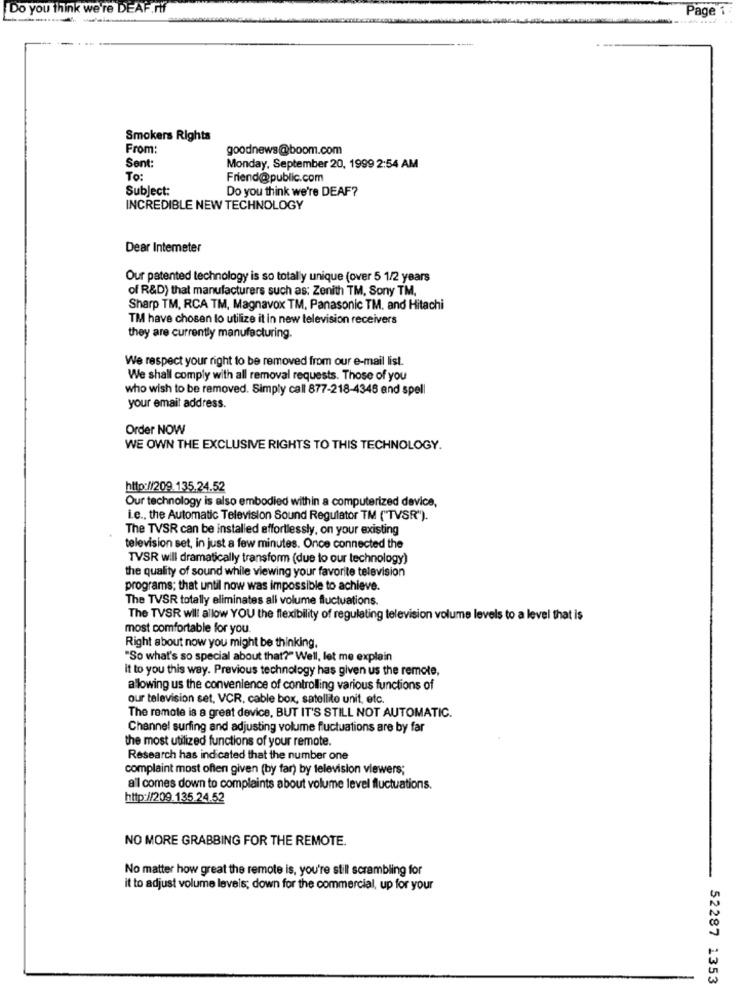
Do you think we're DEAF.rif
Page
Smokers Rights
From:
goodnews@boom.com
Sent:
Monday, September 20, 1999 2:54 AM
To:
Friend@public.com
Subject:
Do you think we're DEAF?
INCREDIBLE NEW TECHNOLOGY
Dear Intemeter
Our patented technology is so totally unique (over 5 1/2 years
of R&D) that manufacturers such as: Zenith TM, Sony TM.
Sharp TM, RCA TM, Magnavox TM, Panasonic TM. and Hitachi
TM have chosen to utilize it in new television receivers
they are currently manufacturing.
We respect your right to be removed from our e-mail list.
We shall comply with all removal requests. Those of you
who wish to be removed. Simply call 877-218-4348 and spell
your email address.
Order NOW
WE OWN THE EXCLUSIVE RIGHTS TO THIS TECHNOLOGY.
http://209.135.24.52
Our technology is also embodied within a computerized device,
i.e ., the Automatic Television Sound Regulator TM ("TVSR").
The TVSR can be installed effortlessly, on your existing
television set, in just a few minutes. Once connected the
TVSR will dramatically transform (due to our technology)
the quality of sound while viewing your favorite television
programs; that until now was impossible to achieve.
The TVSR totally eliminates all volume fluctuations.
The TVSR will allow YOU the flexibility of regulating television volume levels to a level that is
most comfortable for you.
Right about now you might be thinking.
"So what's so special about that?" Well, let me explain
it to you this way. Previous technology has given us the remote,
alowing us the convenience of controlling various functions of
our television set, VCR, cable box, satellite unit, etc.
The remote is a great device, BUT IT'S STILL NOT AUTOMATIC.
Channel surfing and adjusting volume fluctuations are by far
the most utilized functions of your remote.
Research has indicated that the number one
complaint most often given (by far) by television viewers;
a'l comes down to complaints about volume level fluctuations.
http://209.135.24.52
NO MORE GRABBING FOR THE REMOTE.
No matter how great the remote is, you're still scrambling for
it to adjust volume levels; down for the commercial, up for your
52287 1353